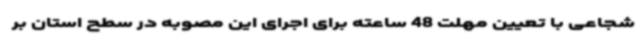
شجاعی با تعیین مهلت 48 ساعته برای اجرای این مصوبه در سطح استان بر